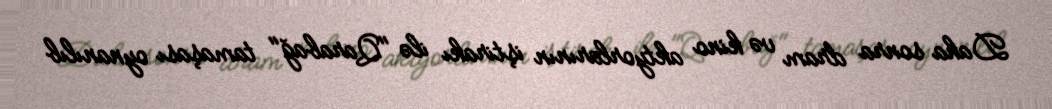
Daha sonra dram və kino aktyorlarının iştirakı ilə "Qarabağ" tamaşası oynanılıb